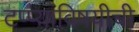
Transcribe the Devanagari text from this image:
टप्प्यांविषयीची